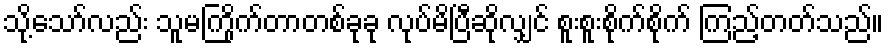
သို့သော်လည်း သူမကြိုက်တာတစ်ခုခု လုပ်မိပြီဆိုလျှင် စူးစူးစိုက်စိုက် ကြည့်တတ်သည်။